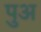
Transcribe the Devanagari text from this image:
पुअ